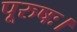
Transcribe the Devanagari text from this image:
पूरुषः।